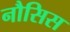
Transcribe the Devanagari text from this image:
नौसिस